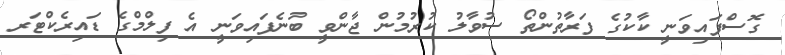
ގޮސްފައިވަނީ ކާކުގެ ފަރާތުންތޯ ސުވާލު ކުރުމުން ޖާންވީ ބުނެފައިވަނީ އެ ފިލްމްގެ ޑައިރެކްޓަރ